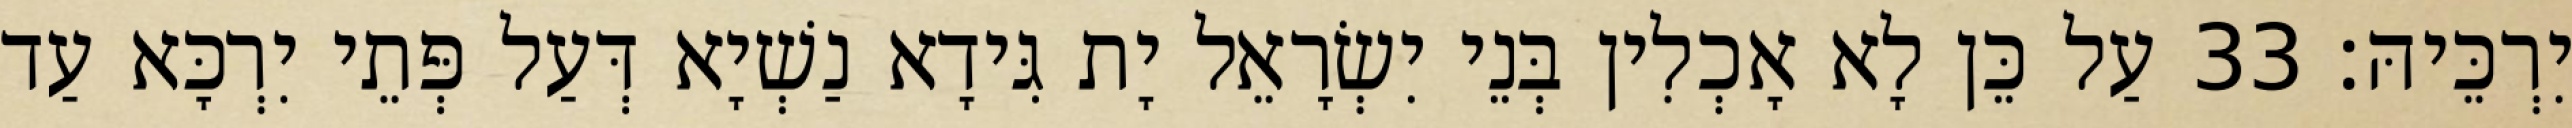
יִרְכֵּיהּ׃ 33 עַל כֵּן לָא אָכְלִין בְּנֵי יִשְׂרָאֵל יָת גִּידָא נַשְׁיָא דְּעַל פְּתֵי יִרְכָּא עַד